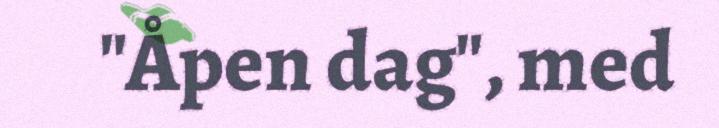
"Åpen dag", med